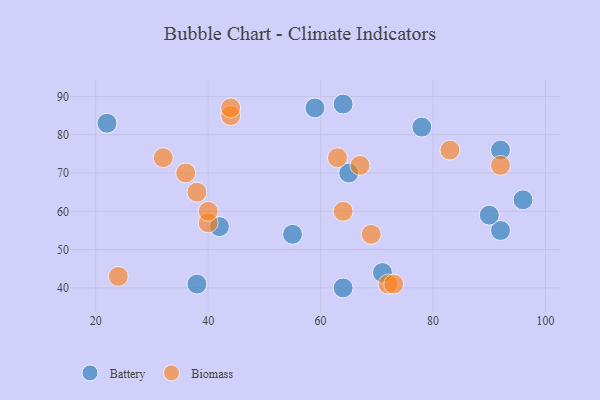
{"axis": {"x": "GDP", "y": "Life Expectancy"}, "legend": ["Battery", "Biomass"], "data": [{"x": "96", "y": 63, "type": "Battery"}, {"x": "38", "y": 41, "type": "Battery"}, {"x": "64", "y": 88, "type": "Battery"}, {"x": "92", "y": 55, "type": "Battery"}, {"x": "78", "y": 82, "type": "Battery"}, {"x": "42", "y": 56, "type": "Battery"}, {"x": "55", "y": 54, "type": "Battery"}, {"x": "71", "y": 44, "type": "Battery"}, {"x": "64", "y": 40, "type": "Battery"}, {"x": "92", "y": 76, "type": "Battery"}, {"x": "22", "y": 83, "type": "Battery"}, {"x": "65", "y": 70, "type": "Battery"}, {"x": "90", "y": 59, "type": "Battery"}, {"x": "59", "y": 87, "type": "Battery"}, {"x": "63", "y": 74, "type": "Biomass"}, {"x": "83", "y": 76, "type": "Biomass"}, {"x": "40", "y": 57, "type": "Biomass"}, {"x": "40", "y": 60, "type": "Biomass"}, {"x": "92", "y": 72, "type": "Biomass"}, {"x": "44", "y": 85, "type": "Biomass"}, {"x": "64", "y": 60, "type": "Biomass"}, {"x": "72", "y": 41, "type": "Biomass"}, {"x": "38", "y": 65, "type": "Biomass"}, {"x": "32", "y": 74, "type": "Biomass"}, {"x": "69", "y": 54, "type": "Biomass"}, {"x": "24", "y": 43, "type": "Biomass"}, {"x": "73", "y": 41, "type": "Biomass"}, {"x": "36", "y": 70, "type": "Biomass"}, {"x": "67", "y": 72, "type": "Biomass"}, {"x": "44", "y": 87, "type": "Biomass"}]}